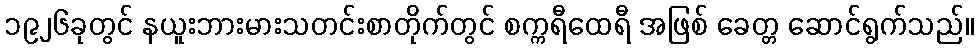
၁၉၂၆ခုတွင် နယူးဘားမားသတင်းစာတိုက်တွင် စက္ကရီထေရီ အဖြစ် ခေတ္တ ဆောင်ရွက်သည်။